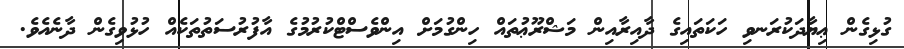
ގުޅިގެން ޢިޔާދަކުރަނވި ހަކަތައިގެ ދާއިރާއިން މަޝްރޫޢުތައް ހިންގުމަށް އިންވެސްޓްކުރުމުގެ އާފުރުސަތުތަކެއް ހުޅުވިގެން ދާނެއެވެ.